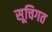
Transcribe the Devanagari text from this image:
सूचिगत